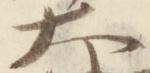
大